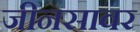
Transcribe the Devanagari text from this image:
जीनसावर